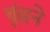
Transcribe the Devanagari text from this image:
चूंसने